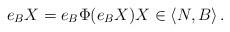
LaTeX: \begin{align*}e_B X=e_B \Phi (e_B X)X\in \langle N,B\rangle\, .\end{align*}